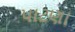
પાટણા